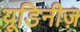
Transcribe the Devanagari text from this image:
यूडिनीज़